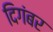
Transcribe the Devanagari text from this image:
दिगंबर